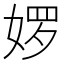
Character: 𮱊